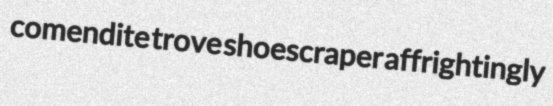
comendite trove shoescraper affrightingly